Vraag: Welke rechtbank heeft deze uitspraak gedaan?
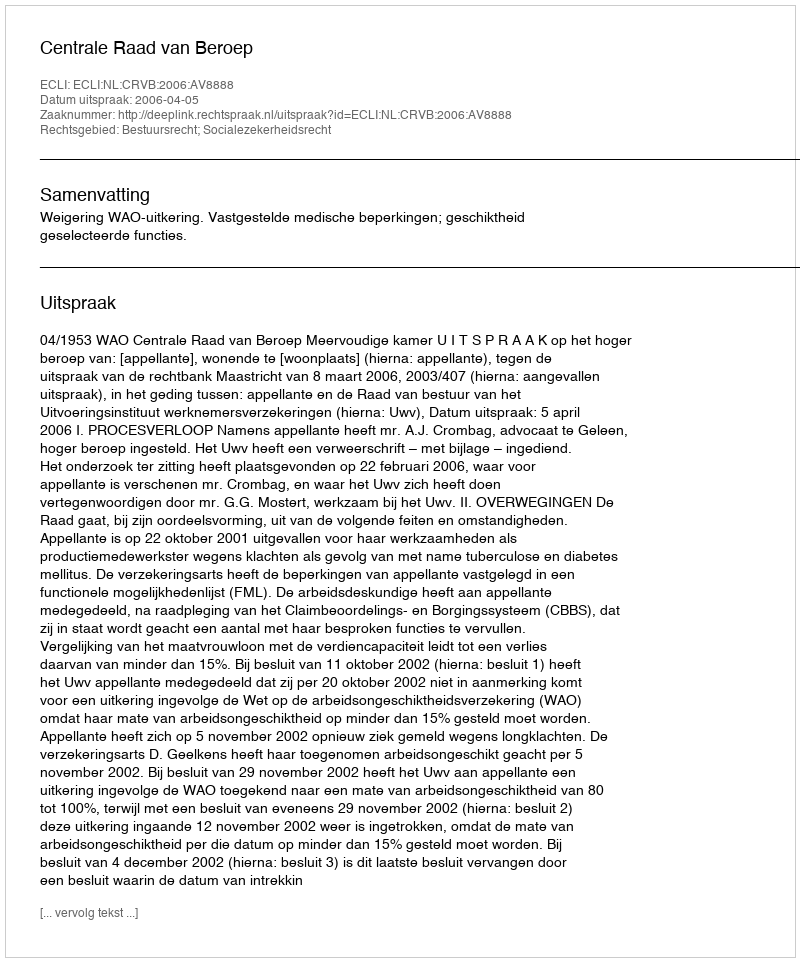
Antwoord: Centrale Raad van Beroep